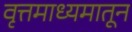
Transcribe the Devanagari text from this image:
वृत्तमाध्यमातून